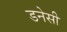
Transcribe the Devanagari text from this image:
डनेसी